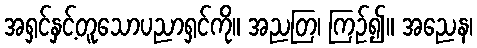
အရှင်နှင့်တူသောပညာရှင်ကို။ အညတြ၊ ကြဉ်၍။ အညေန၊